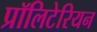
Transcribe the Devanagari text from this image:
प्रॉलिटेरियन